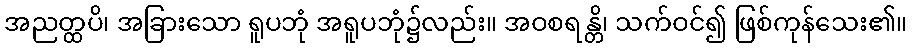
အညတ္ထပိ၊ အခြားသော ရူပဘုံ အရူပဘုံ၌လည်း။ အဝစရန္တိ၊ သက်ဝင်၍ ဖြစ်ကုန်သေး၏။